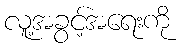
လူ့အခွင့်အရေးကို